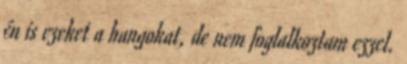
én is ezeket a hangokat, de nem foglalkoztam ezzel.